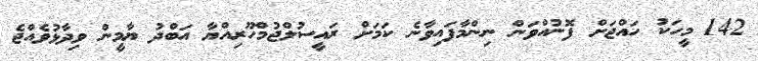
142 މީހަކު ހައްޖަށް ފޮނުއްވަން ނިންމާފައިވާނެ ކަމަށް ރައީސުލްޖުމްހޫރިއްޔާ އަބްދު ޔާމީން ވިދާޅުވެއްޖެ